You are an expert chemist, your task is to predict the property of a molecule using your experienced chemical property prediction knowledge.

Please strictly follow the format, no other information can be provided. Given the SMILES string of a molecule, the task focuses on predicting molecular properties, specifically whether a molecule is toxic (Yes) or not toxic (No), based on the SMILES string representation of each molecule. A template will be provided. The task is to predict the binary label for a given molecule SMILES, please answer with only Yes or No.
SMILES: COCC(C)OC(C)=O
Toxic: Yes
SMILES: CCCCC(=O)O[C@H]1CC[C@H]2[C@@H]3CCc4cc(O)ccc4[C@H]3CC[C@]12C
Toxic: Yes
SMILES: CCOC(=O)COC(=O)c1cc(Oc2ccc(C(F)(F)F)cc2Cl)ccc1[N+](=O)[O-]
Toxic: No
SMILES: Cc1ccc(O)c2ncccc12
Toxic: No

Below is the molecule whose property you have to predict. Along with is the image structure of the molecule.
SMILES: C[C@H]1C[C@@H](O)CC(C)(C)C1
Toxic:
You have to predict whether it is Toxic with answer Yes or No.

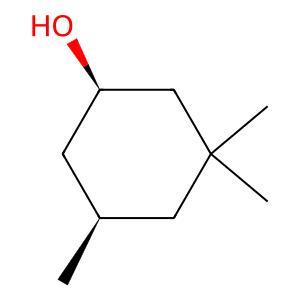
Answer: No